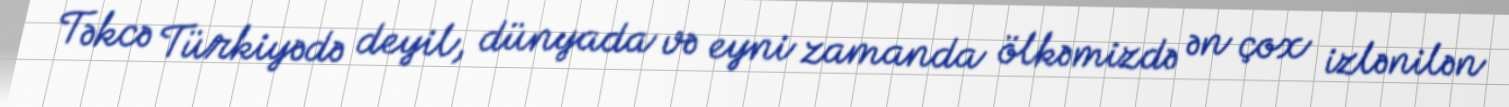
Təkcə Türkiyədə deyil, dünyada və eyni zamanda ölkəmizdə ən çox izlənilən